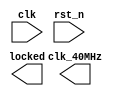
module pll (clk, rst_n, clk_40MHz, locked);

	input clk, rst_n;
	
	output clk_40MHz;
	output locked;
	

endmodule